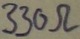
Text: 330Ω